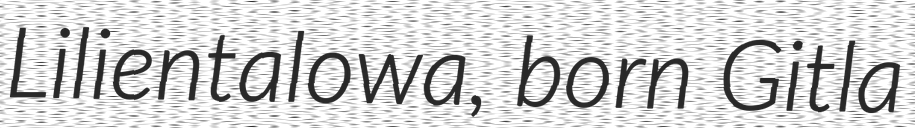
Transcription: Lilientalowa, born Gitla